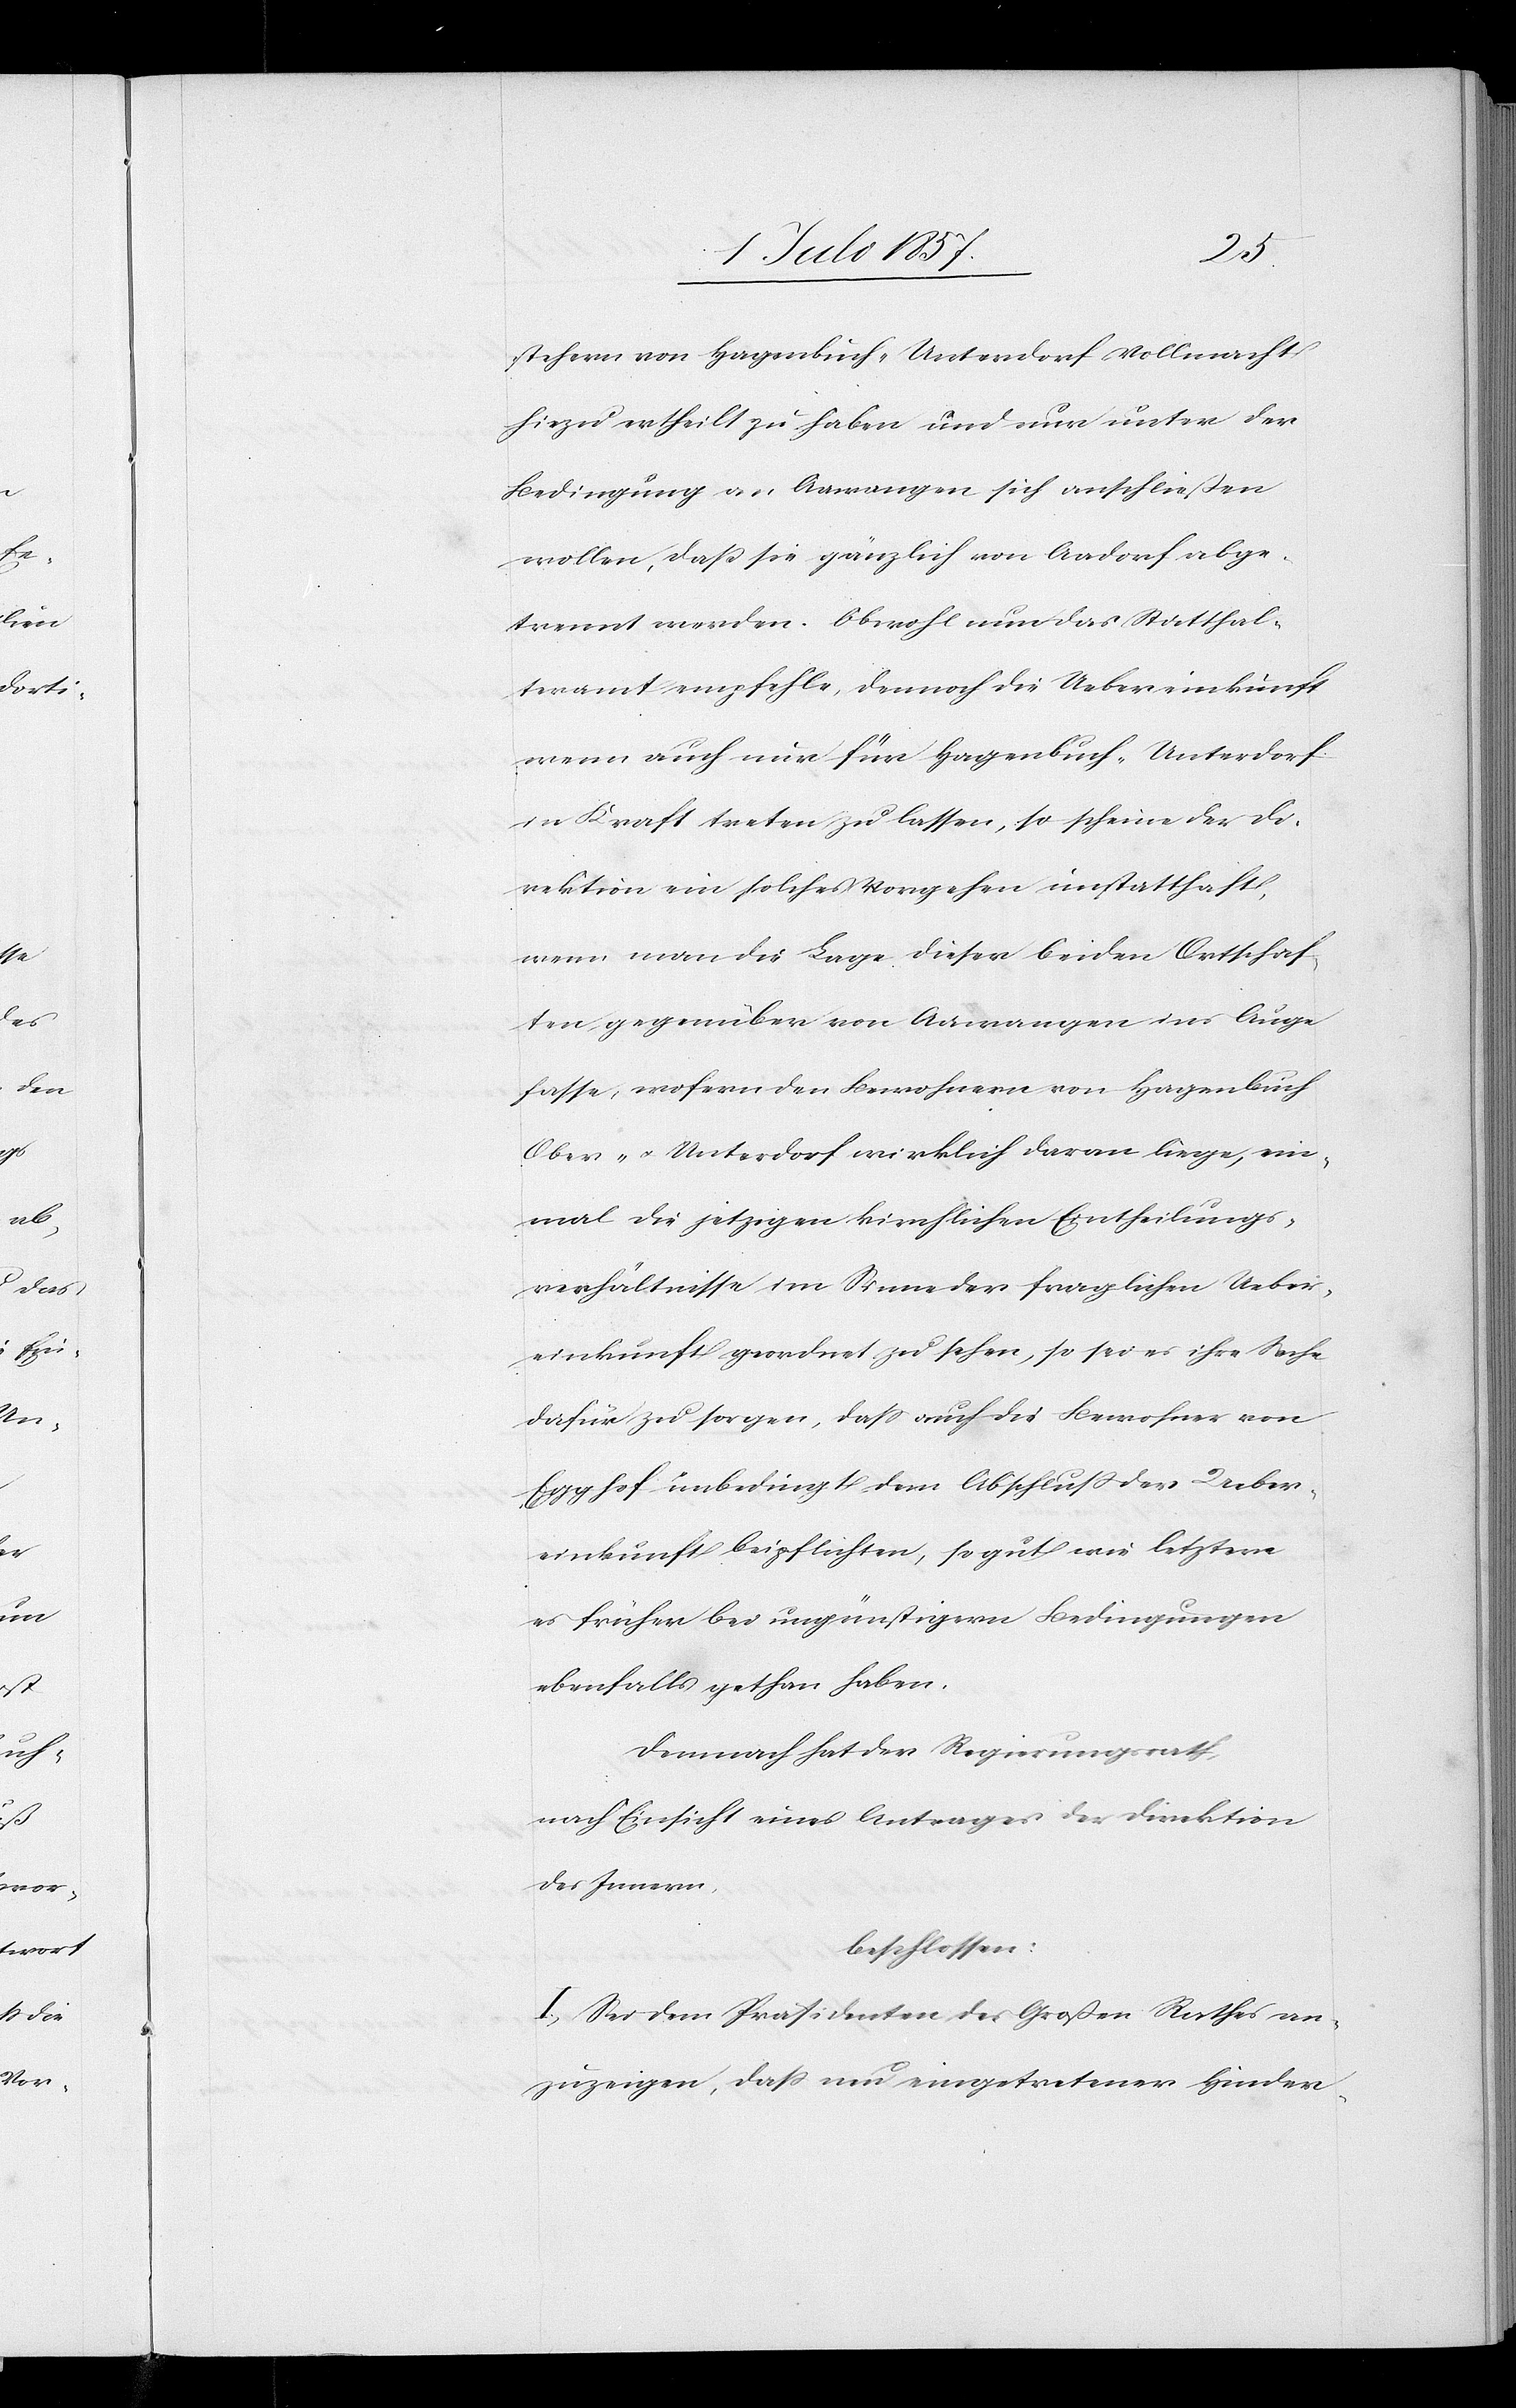
stehern von Hagenbuch-Unterdorf Vollmacht
hiezu ertheilt zu haben und nur unter der
Bedingung an Aawangen sich anschließen
wollen, daß sie gänzlich von Aadorf abge¬
trennt werden. Obwohl nun das Statthal¬
teramt empfehle, dennoch die Uebereinkunft
wenn auch nur für Hagenbuch-Unterdorf
in Kraft treten zu lassen, so scheine der Di¬
rektion ein solches Vorgehen unstatthaft,
wenn man die Lage dieser beiden Ortschaf¬
ten gegenüber von Aawangen ins Auge
fasse, wofern den Bewohnern von Hagenbuch
Ober- & Unterdorf wirklich daran liege, ein¬
mal die jetzigen kirchlichen Eintheilungs¬
verhältnisse im Sinne der fraglichen Ueber¬
einkunft geordnet zu sehen, so sei es ihre Sache
dafür zu sorgen, daß auch die Bewohner von
Egghof unbedingt dem Abschluß der Ueber¬
einkunft beipflichten, so gut wie letztere
es früher bei ungünstigern Bedingungen
ebenfalls gethan haben.
Demnach hat der Regierungsrath,
nach Einsicht eines Antrages der Direktion
des Innern,
beschlossen:
I. Sei dem Präsidenten des Großen Rathes an¬
zuzeigen, daß neu eingetretener Hinder-